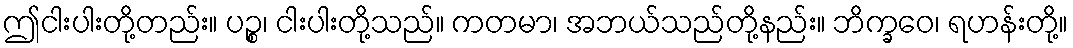
ဤငါးပါးတို့တည်း။ ပဉ္စ၊ ငါးပါးတို့သည်။ ကတမာ၊ အဘယ်သည်တို့နည်း။ ဘိက္ခဝေ၊ ရဟန်းတို့။